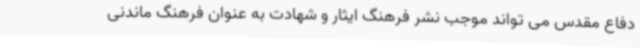
دفاع مقدس می تواند موجب نشر فرهنگ ایثار و شهادت به عنوان فرهنگ ماندنی